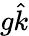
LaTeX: g\hat{k}